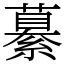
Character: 繤